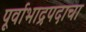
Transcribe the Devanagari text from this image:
पूर्वाभाद्रपदाचा